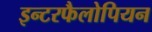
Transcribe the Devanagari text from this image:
इन्टरफैलोपियन